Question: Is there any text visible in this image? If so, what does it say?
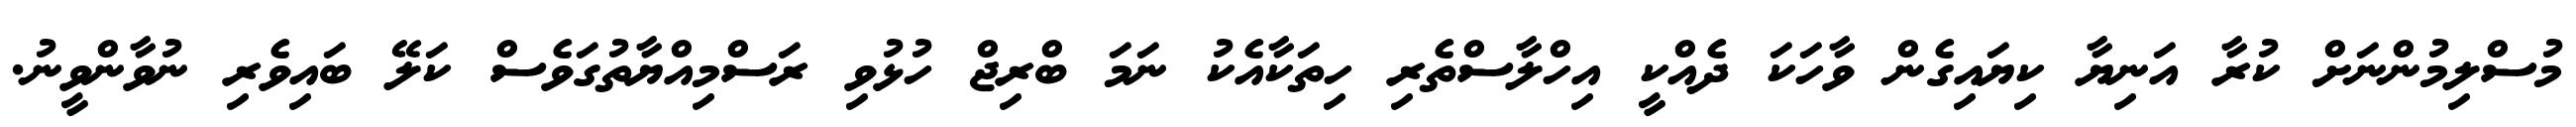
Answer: މުސްލިމުންނަށް ކުރާ އަނިޔާ ކިޔައިގެން ވާހަކަ ދެއްކީ އިހްލާސްތެރި ހިތަކާއެކު ނަމަ ބްރިޖް ހުޅުވި ރަސްމިއްޔާތުގަވެސް ކަލޭ ބައިވެރި ނުވާންވީނު.